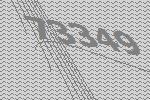
73349